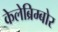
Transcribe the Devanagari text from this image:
केलेब्रिम्बोर